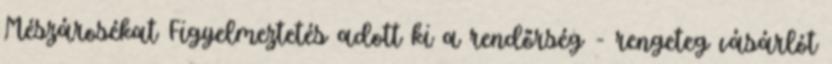
Mészárosékat Figyelmeztetés adott ki a rendőrség - rengeteg vásárlót